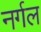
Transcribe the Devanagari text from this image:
नर्गल